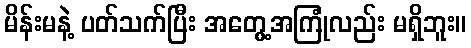
မိန်းမနဲ့ ပတ်သက်ပြီး အတွေ့အကြုံလည်း မရှိဘူး။